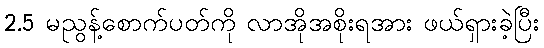
2.5 မညွန့်စောက်ပတ်ကို လာအိုအစိုးရအား ဖယ်ရှားခဲ့ပြီး